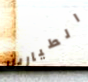
الطيارين